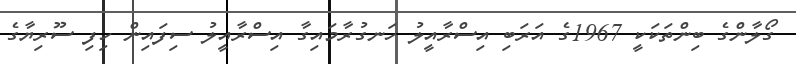
ގޯލާންގެ ބިންތަކަކީ 1967ގެ އަރަބި އިސްރާއީލު ހަނގުރާމައިގާ އިސްރާއީލު ސިފައިން ހިފި ސޫރިޔާގެ